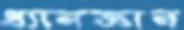
ধ্যানজ্ঞান